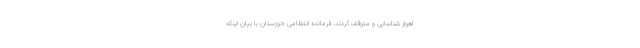
اهواز شناسایی و متوقف کردند. فرمانده انتظامی خوزستان با بیان اینکه